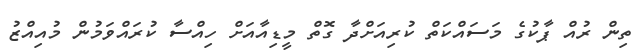
ތިން ރުއް ޕާކުގެ މަސައްކަތް ކުރިއަށްދާ ގޮތް މީޑިއާއަށް ހިއްސާ ކުރައްވަމުން މުއިއްޒު